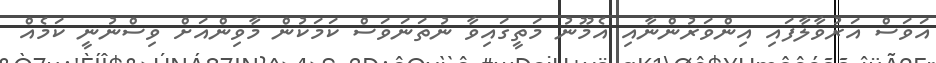
އަވަސް އަރުވާލާފައި އިންވަރުންނާއި އެމޫނު މަތީގައިވާ ނުތަނަވަސް ކަމަކުން މާވިންއަށް ވިސްނުނީ ކަމެއް